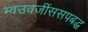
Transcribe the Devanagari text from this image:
भ्वउवजींससपबद्ध